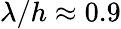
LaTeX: \lambda/h\approx 0.9